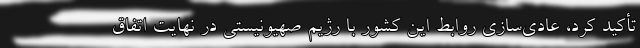
تأکید کرد، عادی‌سازی روابط این کشور با رژیم صهیونیستی در نهایت اتفاق